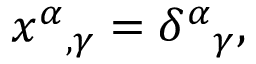
x ^ { \alpha } { } _ { , \gamma } = \delta ^ { \alpha } { } _ { \gamma } ,